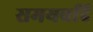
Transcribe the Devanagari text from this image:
समयवदि